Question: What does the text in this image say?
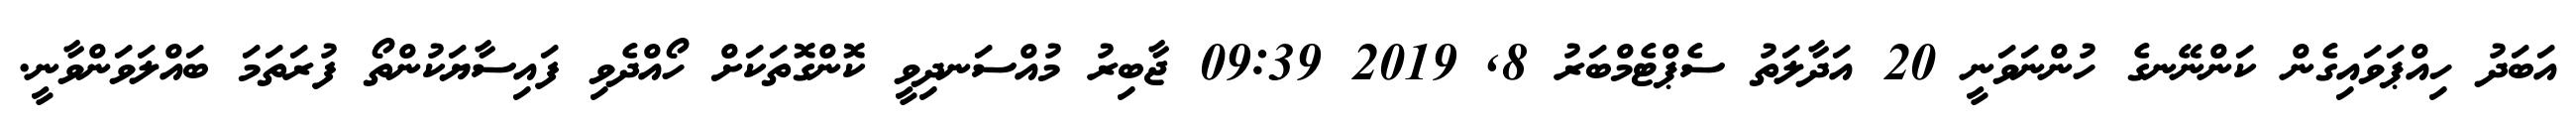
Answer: އަބަދު ހިއްޕަވައިގެން ކަންނޭނގެ ހުންނަވަނީ 20 އަދާލަތު ސެޕްޓެމްބަރު 8, 2019 09:39 ޖާބިރު މުއްސަނދިވީ ކޮންގޮތަކަށް ހޯއްދެވި ފައިސާޔަކުންތޯ ފުރަތަމަ ބައްލަވަންވާނީ.